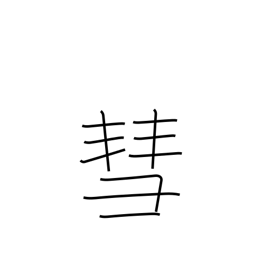
Meaning: comet